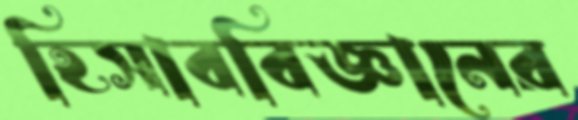
হিসাববিজ্ঞানের